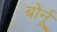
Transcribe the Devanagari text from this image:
बोर्नू